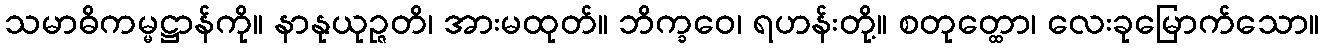
သမာဓိကမ္မဋ္ဌာန်ကို။ နာနုယုဉ္ဇတိ၊ အားမထုတ်။ ဘိက္ခဝေ၊ ရဟန်းတို့။ စတုတ္ထော၊ လေးခုမြောက်သော။